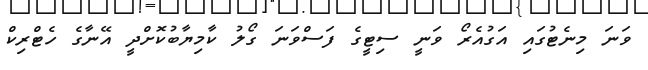
ވަނަ މިނެޓުގައި އަގުއެރޯ ވަނީ ސިޓީގެ ފަސްވަނަ ގޯލު ކާމިޔާބުކޮށްދީ އޭނާގެ ހެޓްރިކް